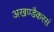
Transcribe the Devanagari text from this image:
अखण्डैकरसं